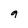
Character: 9